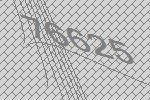
76625